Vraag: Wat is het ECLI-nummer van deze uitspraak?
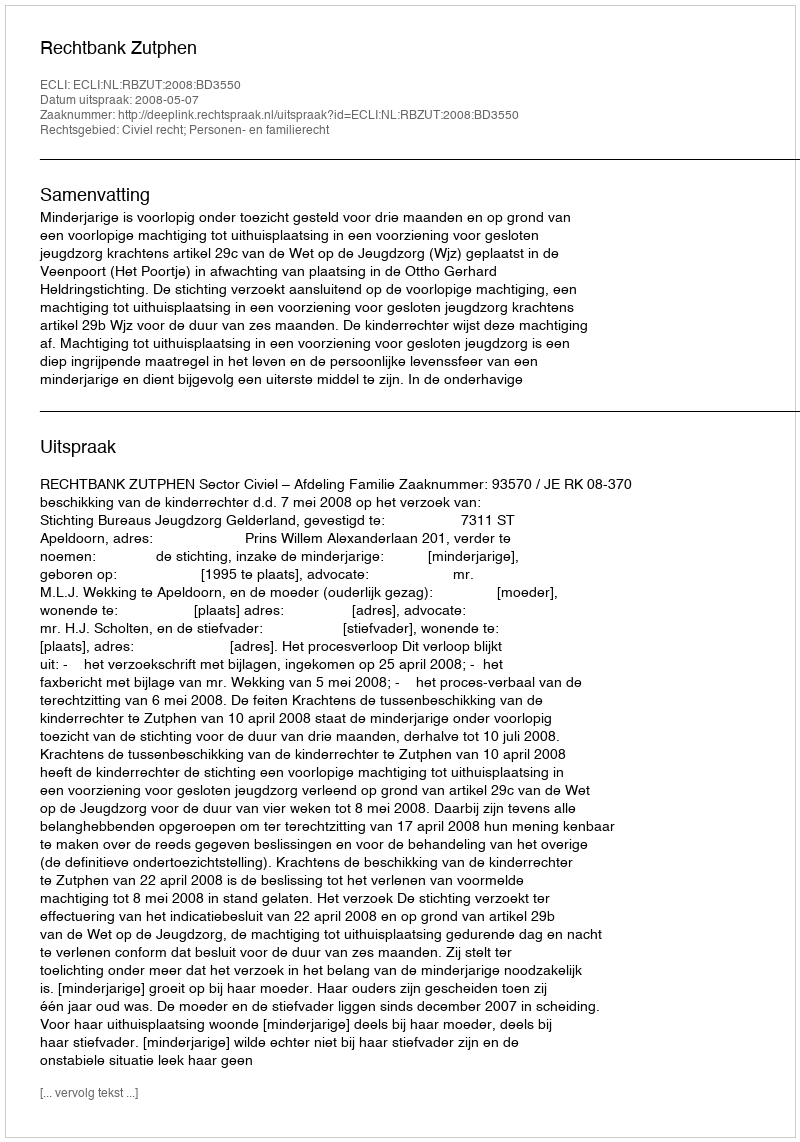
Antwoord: ECLI:NL:RBZUT:2008:BD3550